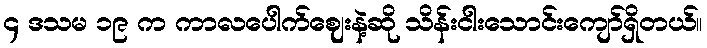
၄ ဒသမ ၁၉ က ကာလပေါက်ဈေးနဲ့ဆို သိန်းငါးသောင်းကျော်ရှိတယ်။